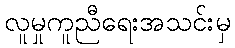
လူမှုကူညီရေးအသင်းမှ